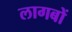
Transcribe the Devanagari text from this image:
लागबों